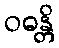
ဝဓန္တိ